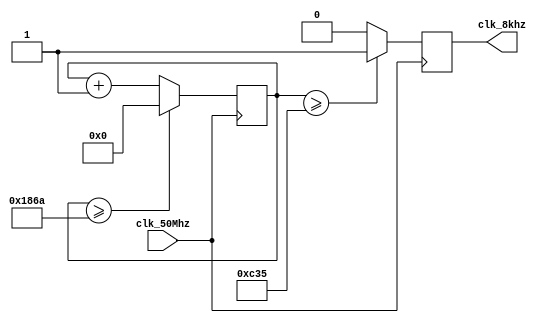
`timescale 1ns / 1ps

module clkdiv_8kHz(clk_50Mhz, clk_8khz); 
    input clk_50Mhz;	// user clock
    output clk_8khz;	// divided clock
    reg [25:0] count;	// counter, is bigger then we need in case you wanna play with it
    reg clk_8khz;	// don't forget the register
 
initial 		// This describes what to do as soon as machine turns on
 begin
        clk_8khz<=0;	// resetting everything
        count<=0;
 end  

 always @(posedge clk_50Mhz)	// whenever a rising edge of 27 MHz happens, do:
       begin
	   // This is just a counter:
           if (count >= 6250) 
              count <= 0;
           else 
	      count <= count + 1;
	   // counter ends here
	   

	   // this guy decides if it should be 0 or 1
           clk_8khz <= count >= (3125) ? 1 : 0;	      

	end   

endmodule